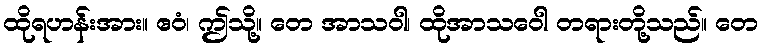
ထိုရဟန်းအား။ ဧဝံ၊ ဤသို့။ တေ အာသဝါ၊ ထိုအာသဝေါ တရားတို့သည်။ တေ